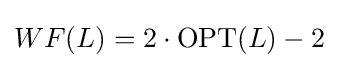
WF(L)=2\cdot \mathrm {OPT} (L)-2